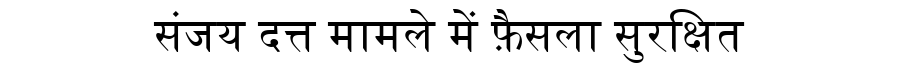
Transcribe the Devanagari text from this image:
संजय दत्त मामले में फ़ैसला सुरक्षित